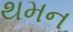
થમન